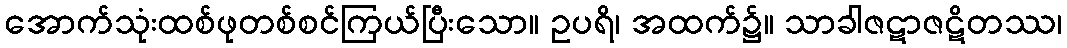
အောက်သုံးထစ်ဖုတစ်စင်ကြယ်ပြီးသော။ ဥပရိ၊ အထက်၌။ သာခါဇဋာဇဋိတဿ၊